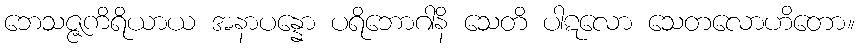
ဘေသဇ္ဇကိရိယာယ အနာပန္နော ပရိဘောဂါနိ သေတိ ပါဋလော သေတလောဟိတော။